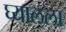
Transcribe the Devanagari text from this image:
घ्यालला